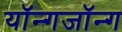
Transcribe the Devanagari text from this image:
यॉन्गजॉन्ग